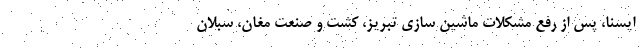
ایسنا، پس از رفع مشکلات ماشین سازی تبریز، کشت و صنعت مغان، سبلان